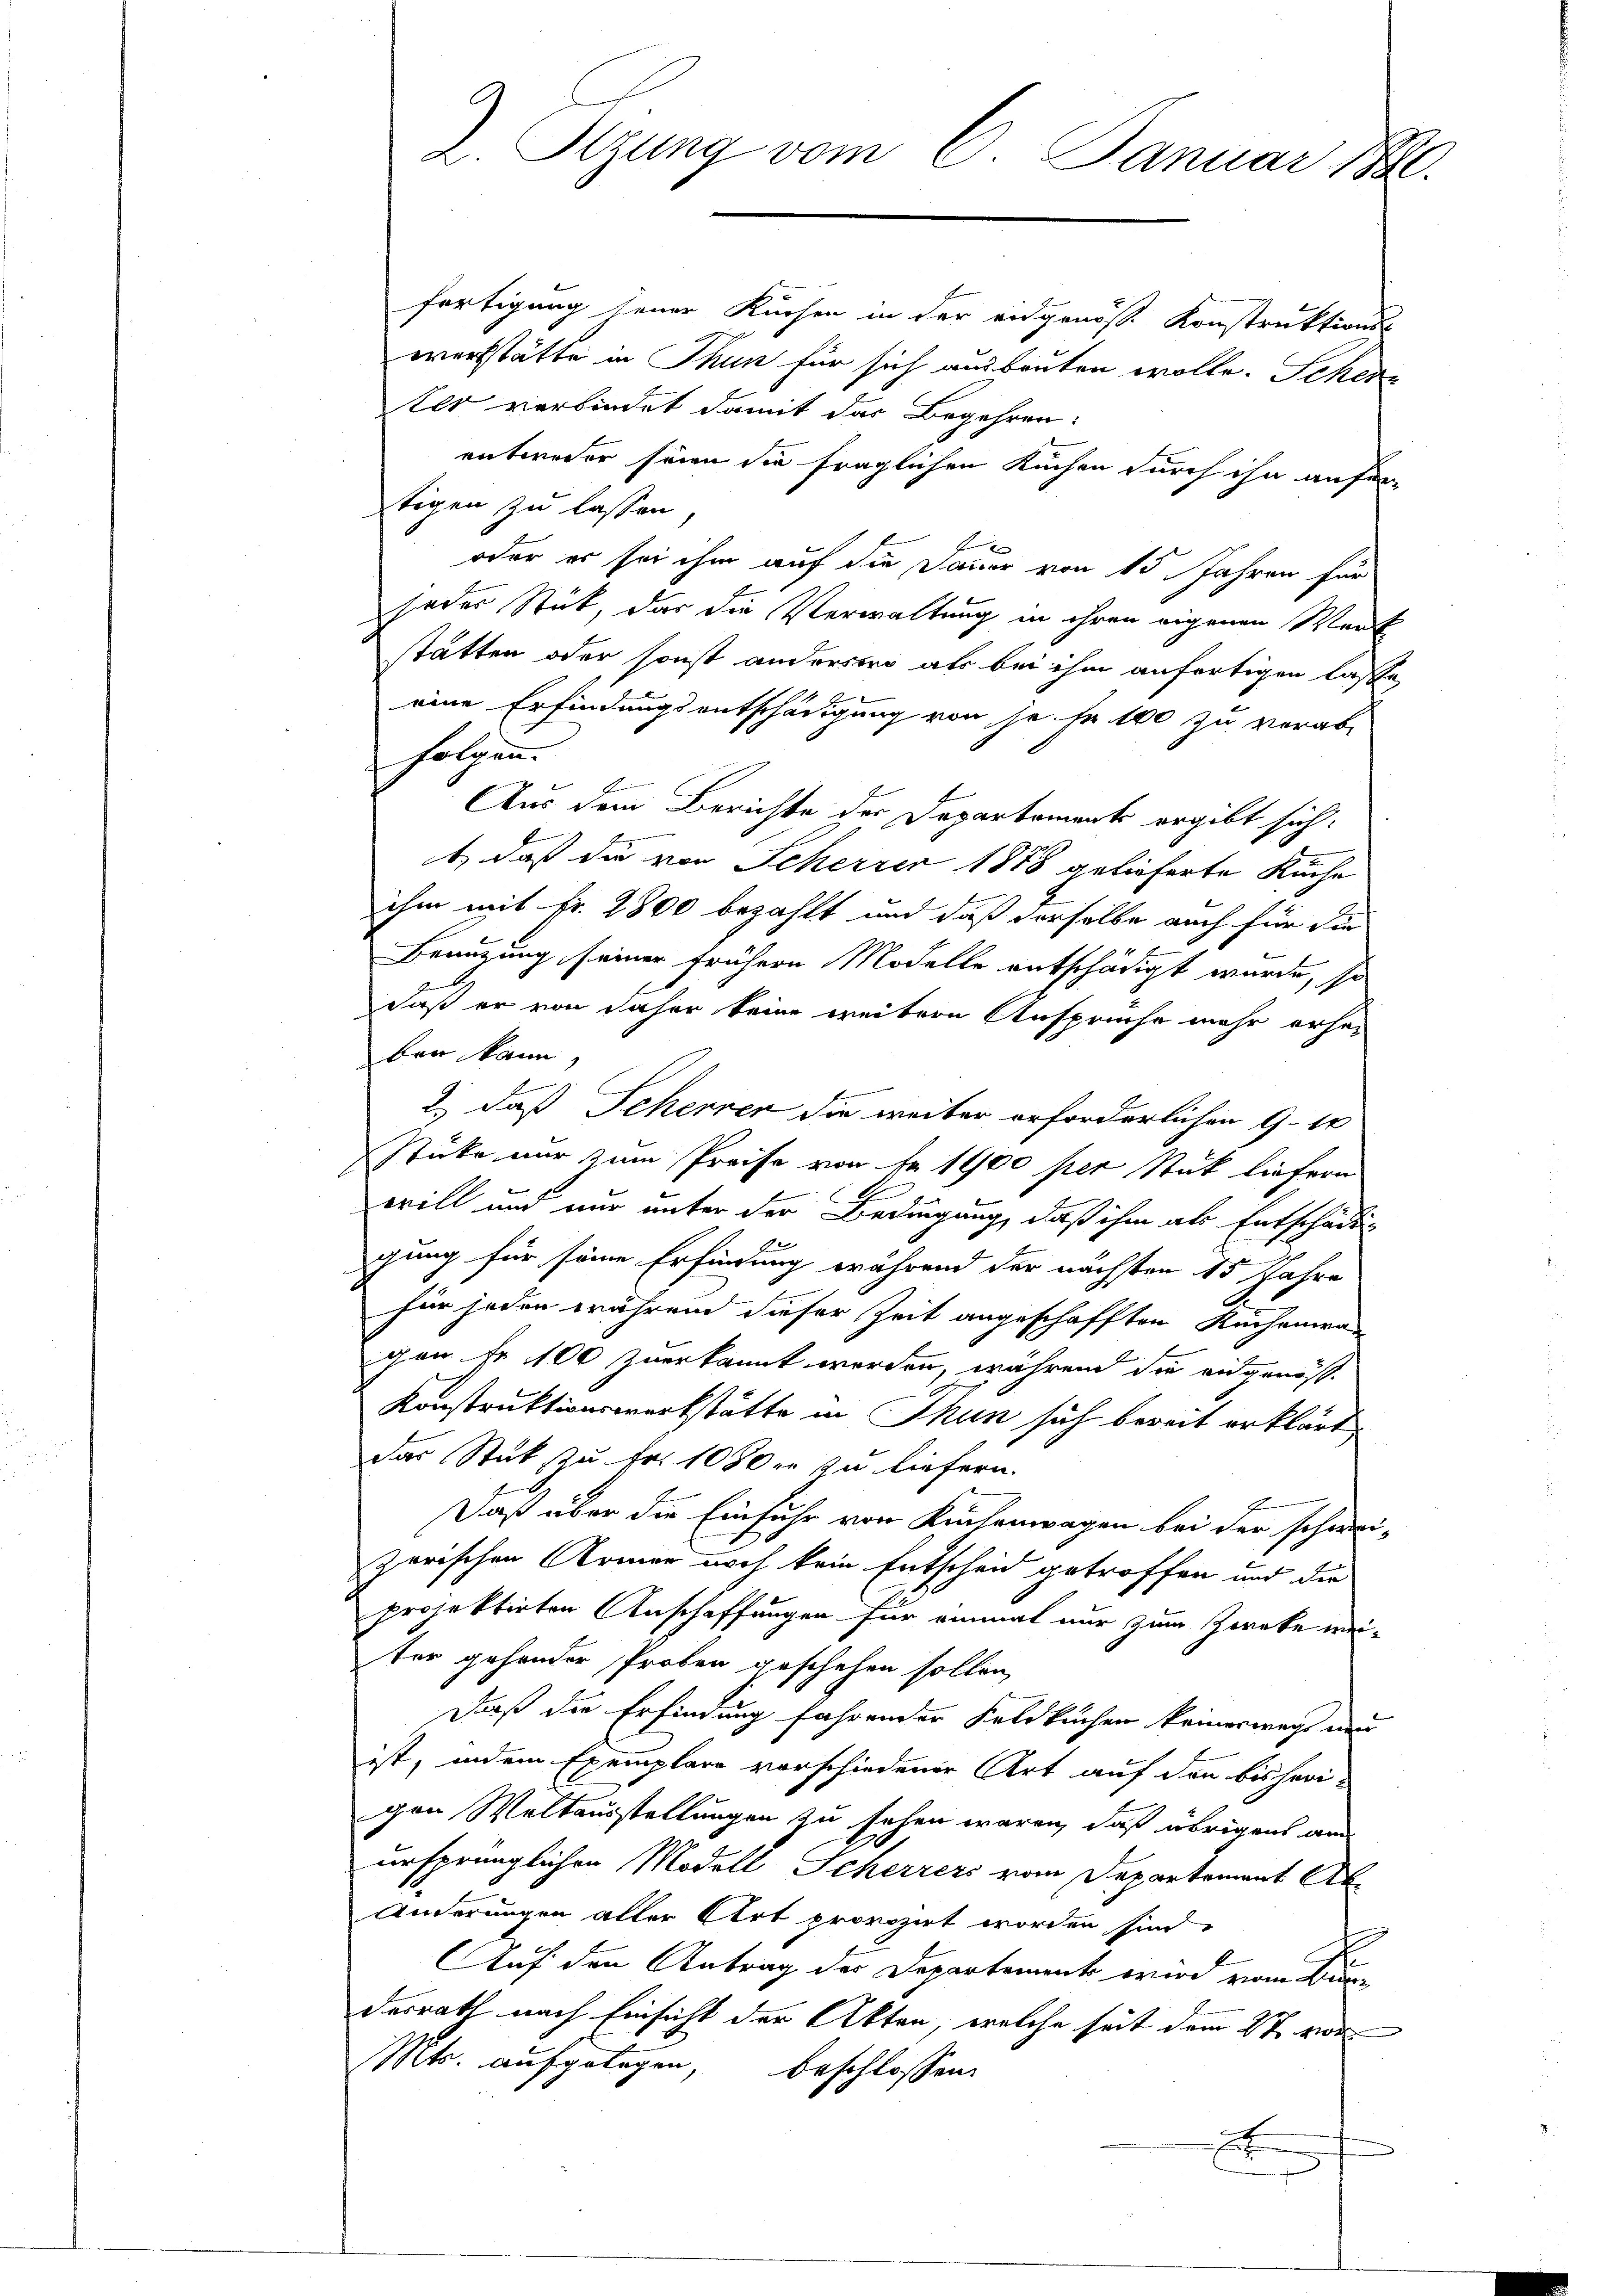
Z. Sizung vom 6. Januar 182.

fertigung jener Kuchen in der eidgenöß Konstruktions-
werkstätte in Thun für sich ausbeuten wolle. Schen
ker verbindet damit das Begehren:
entweder seien die fraglichen Kuchen durch ihn anfer
tigen zu lassen,
oder er sei ihm auf die Dauer von 15 Jahren für
jeder Stück, das die Verwaltung in ihren eigenen Werk
tätten oder sonst anderswo als bei ihm anfertigen lasse
eine Erfindungsentschädigung von je Fr. 100 zu verabfolgen.
Aus dem Berichte der Departements ergibt sich
E
t, daß die von Scherrer 1888 gelieferte Kuche
ihm mit Fr. 2800 bezahlt und daß derselbe auch für die
Beaugung seiner frühere Modelle entschädigt wurde, so
daß er von daher keine weitere Anspruche mehr erheben kann,
2.) daß Scherer die weiter erforderlichen 9-10
stüke nur zum Preise von Fr. 1900 per Stück liefern
.
will und nur unter der Bedingung, daß ihm als Entschädigung für seine Erfindung während der nächsten 15 Jahre
für jeden während dieser Zeit angeschafften Kuchenwar
gen fr. 100 zuerkannt werden, während die eidgenös¬
Konstruktionswerkstätte in Thun sich bereit erklärt,
das Stük zu Fr. 1080 er zu liefern.
E
Daß über die Einfuhr von Kuchenwagen bei der schwei-
zerischen Armen noch kein Entscheid getroffen und die
projektirten Anschaffungen für einmal nur zum Zwecke wei-
ter gehender Proben geschehen sollen,
Daß die Erfindung fahrender Feldkuchen keineswegs neu
ist, indem Exemplare vorschiedener Art auf den bisherigen Weltausstellungen zu sehen wären, daß übrigens an
ursprünglichen Modell Scherrers vom Departement Ab
Änderungen aller Art provozirt worden sind,
Auf den Antrag der Departement wird vom Bundesrath nach Einsicht der Akten, welche seit dem 27. vor
Mts. aufgelegen, beschlossen:
x